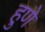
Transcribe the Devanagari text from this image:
हुणे